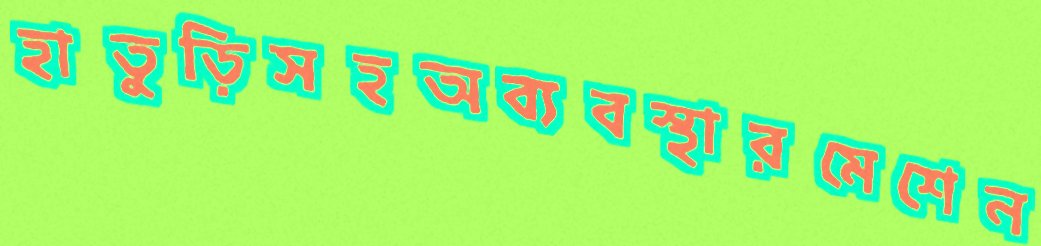
হাতুড়িসহঅব্যবস্থারমেশেন